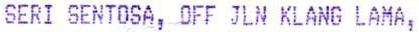
SERI SENTOSA, OFF JLN KLANG LAMA,